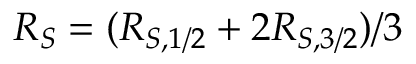
R _ { S } = ( R _ { S , 1 / 2 } + 2 R _ { S , 3 / 2 } ) / 3